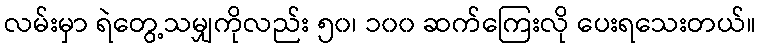
လမ်းမှာ ရဲတွေ့သမျှကိုလည်း ၅၀၊ ၁၀၀ ဆက်ကြေးလို ပေးရသေးတယ်။